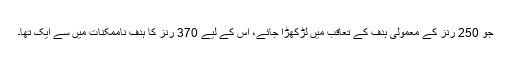
جو 250 رنز کے معمولی ہدف کے تعاقب میں لڑکھڑا جائے، اس کے لیے 370 رنز کا ہدف ناممکنات میں سے ایک تھا۔